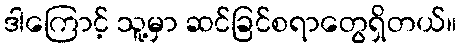
ဒါကြောင့် သူ့မှာ ဆင်ခြင်စရာတွေရှိတယ်။